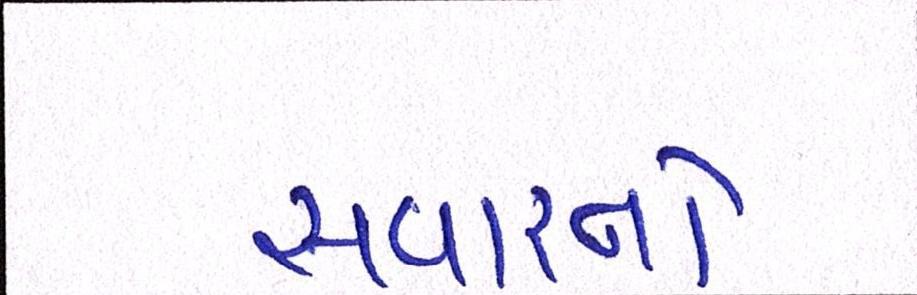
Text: સવારનો